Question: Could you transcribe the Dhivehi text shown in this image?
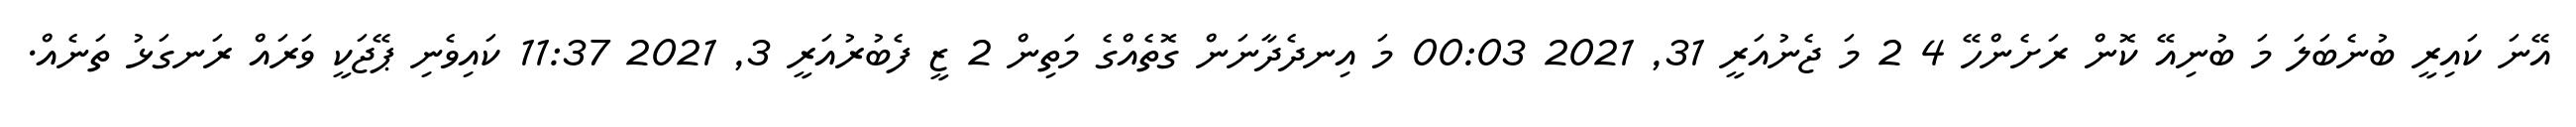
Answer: އޭނަ ކައިރީ ބުނެބަލަ މަ ބުނިއޭ ކޮން ރަށެންހޭ 4 2 މަ ޖެނުއަރީ 31, 2021 00:03 މަ އިނދެދާނަން ގޮތެއްގެ މަތިން 2 ޒީ ފެބުރުއަރީ 3, 2021 11:37 ކައިވެނި ޕޭޖަކީ ވަރައް ރަނގަޅު ތަނެއް.